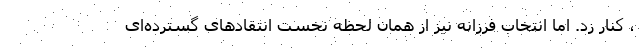
، کنار زد. اما انتخاب فرزانه نیز از همان لحظه نخست انتقادهای گسترده‌ای